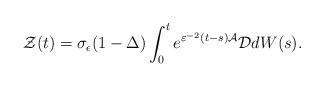
LaTeX: \begin{align*}\mathcal{Z}(t)=\sigma _{\epsilon }(1-\Delta )\int_{0}^{t}e^{\varepsilon^{-2}(t-s)\mathcal{A}}\mathcal{D}dW(s). \end{align*}